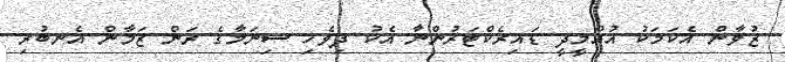
ޒުވާން އެކަމަކު އުއްމީދީ ޑައިރެކްޓަރުންނާ އެކު ދިވެހި ސިނަމާގެ ރަން ޒަމާން އެނބުރި